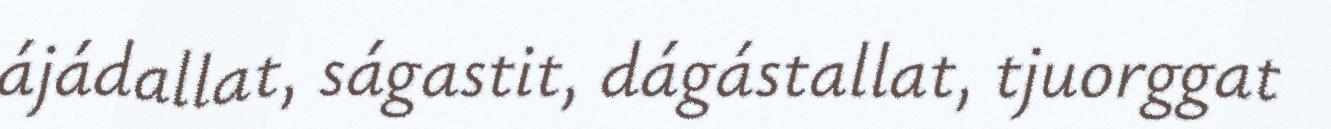
ájádallat, ságastit, dágástallat, tjuorggat